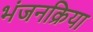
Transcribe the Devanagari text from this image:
भंजनक्रिया